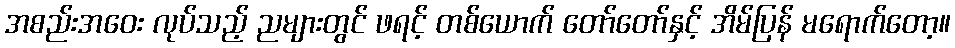
အစည်းအဝေး လုပ်သည့် ညများတွင် ဖရင့် တစ်ယောက် တော်တော်နှင့် အိမ်ပြန် မရောက်တော့။